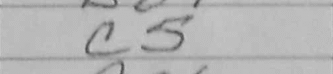
Transcription: c5